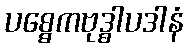
ပစ္စေကဗုဒ္ဓါပဒါနံ